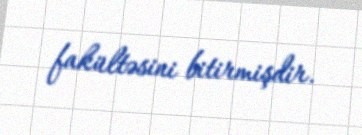
fakültəsini bitirmişdir.